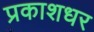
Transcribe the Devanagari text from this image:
प्रकाशधर